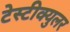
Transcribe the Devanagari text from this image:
टेस्टीक्युलर